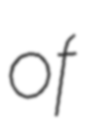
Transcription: of